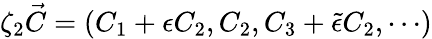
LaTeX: \zeta_{2}\vec{C}=(C_{1}+\epsilon C_{2},C_{2},C_{3}+\tilde{\epsilon}C_{2},\cdots)